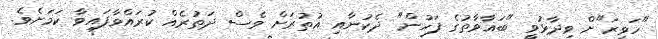
"ހަވީރަ"ށް ވިދާޅުވީ "ބަޣާވާތުގެ ފަހުން" ދެކުނާއި އުތުރަށް ވެސް ދަތުރެއް ކުރައްވާފައިވާ ކަމަށެވެ.